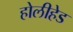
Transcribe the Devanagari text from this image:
होलीहेड